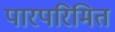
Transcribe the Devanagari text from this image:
पारपरिमित